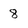
Character: 8